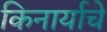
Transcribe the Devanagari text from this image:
किनार्याचे